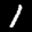
Label: 1